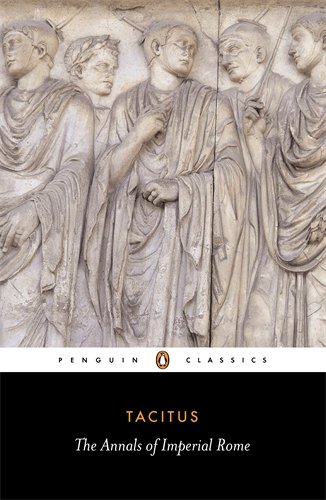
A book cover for The Annals of Imperial Rome (Penguin Classics); Tacitus; History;